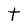
Character: t